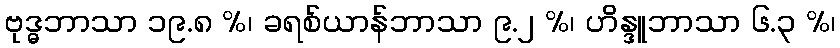
ဗုဒ္ဓဘာသာ ၁၉.၈ %၊ ခရစ်ယာန်ဘာသာ ၉.၂ %၊ ဟိန္ဒူဘာသာ ၆.၃ %၊